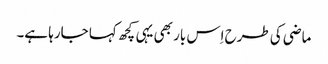
ماضی کی طرح اِس بار بھی یہی کچھ کہا جارہا ہے۔